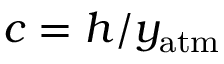
c = h / y _ { \mathrm { a t m } }